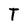
Character: T